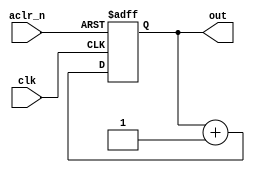
module counter(
    input clk,aclr_n,
    output reg [1:0] out
);

always@(posedge clk , negedge aclr_n)
begin
if(!aclr_n)
out<=2'd0;
else
out<=out+1;
end
endmodule